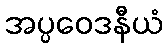
အပ္ပဝေဒနီယံ